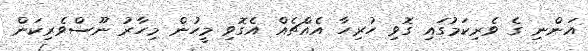
އަންނި ގެ ވެރިކަމުގައި ގޮވި ހުރިހާ އެއްޗެއް އެގޮވި މީހުން މިހާރު ނޫސްވެރިކަން